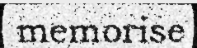
memorise